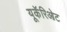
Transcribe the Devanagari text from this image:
यूकॅरिओट